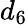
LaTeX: d_{6}